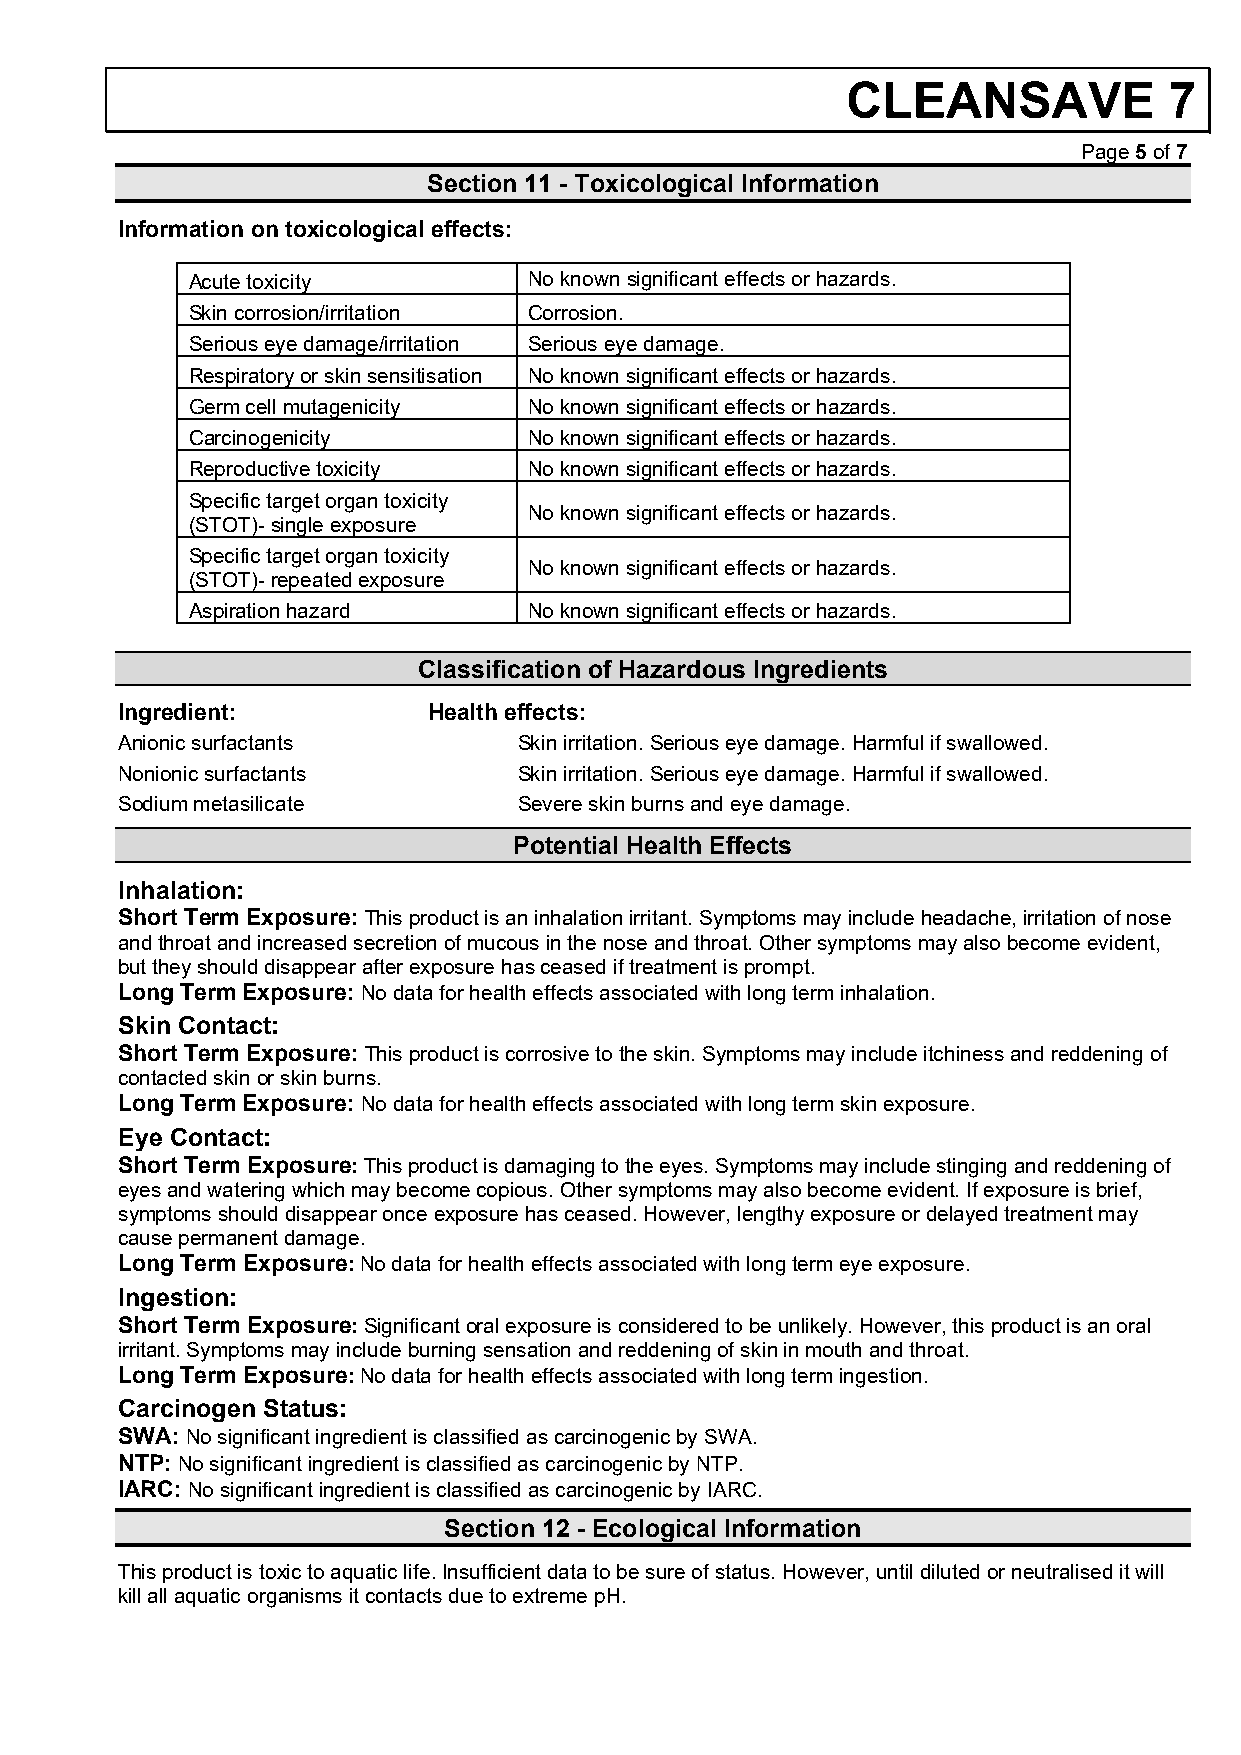
CLEANSAVE            7
 Page 5 of 7
 Section 11 - Toxicological Information
 Information on toxicological effects:
 Acute toxicity         No known significant effects or hazards.
 Skin corrosion/irritation Corrosion.
 Serious eye damage/irritation Serious eye damage.
 Respiratory or skin sensitisation No known significant effects or hazards.
 Germ cell mutagenicity No known significant effects or hazards.
 Carcinogenicity        No known significant effects or hazards.
 Reproductive toxicity  No known significant effects or hazards.
 Specific target organ toxicity
 No known significant effects or hazards.
 (STOT)- single exposure
 Specific target organ toxicity
 No known significant effects or hazards.
 (STOT)- repeated exposure
 Aspiration hazard      No known significant effects or hazards.
 Classification of Hazardous Ingredients
 Ingredient:         Health effects:
 Anionic surfactants       Skin irritation. Serious eye damage. Harmful if swallowed.
 Nonionic surfactants      Skin irritation. Serious eye damage. Harmful if swallowed.
 Sodium metasilicate       Severe skin burns and eye damage.
 Potential Health Effects
 Inhalation:
 Short Term Exposure: This product is an inhalation irritant. Symptoms may include headache, irritation of nose
 and throat and increased secretion of mucous in the nose and throat. Other symptoms may also become evident,
 but they should disappear after exposure has ceased if treatment is prompt.
 Long Term Exposure: No data for health effects associated with long term inhalation.
 Skin Contact:
 Short Term Exposure: This product is corrosive to the skin. Symptoms may include itchiness and reddening of
 contacted skin or skin burns.
 Long Term Exposure: No data for health effects associated with long term skin exposure.
 Eye Contact:
 Short Term Exposure: This product is damaging to the eyes. Symptoms may include stinging and reddening of
 eyes and watering which may become copious. Other symptoms may also become evident. If exposure is brief,
 symptoms should disappear once exposure has ceased. However, lengthy exposure or delayed treatment may
 cause permanent damage.
 Long Term Exposure: No data for health effects associated with long term eye exposure.
 Ingestion:
 Short Term Exposure: Significant oral exposure is considered to be unlikely. However, this product is an oral
 irritant. Symptoms may include burning sensation and reddening of skin in mouth and throat.
 Long Term Exposure: No data for health effects associated with long term ingestion.
 Carcinogen Status:
 SWA: No significant ingredient is classified as carcinogenic by SWA.
 NTP: No significant ingredient is classified as carcinogenic by NTP.
 IARC: No significant ingredient is classified as carcinogenic by IARC.
 Section 12 - Ecological Information
 This product is toxic to aquatic life. Insufficient data to be sure of status. However, until diluted or neutralised it will
 kill all aquatic organisms it contacts due to extreme pH.